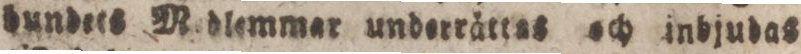
dundets Medlemmar underrättes och inbjudas